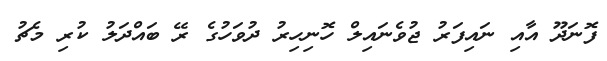
ފޮނަދޫ އާއި ނައިފަރު ޖުވެނައިލް ހޮނިހިރު ދުވަހުގެ ރޭ ބައްދަލު ކުރި މެޗު